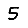
Digit: 5